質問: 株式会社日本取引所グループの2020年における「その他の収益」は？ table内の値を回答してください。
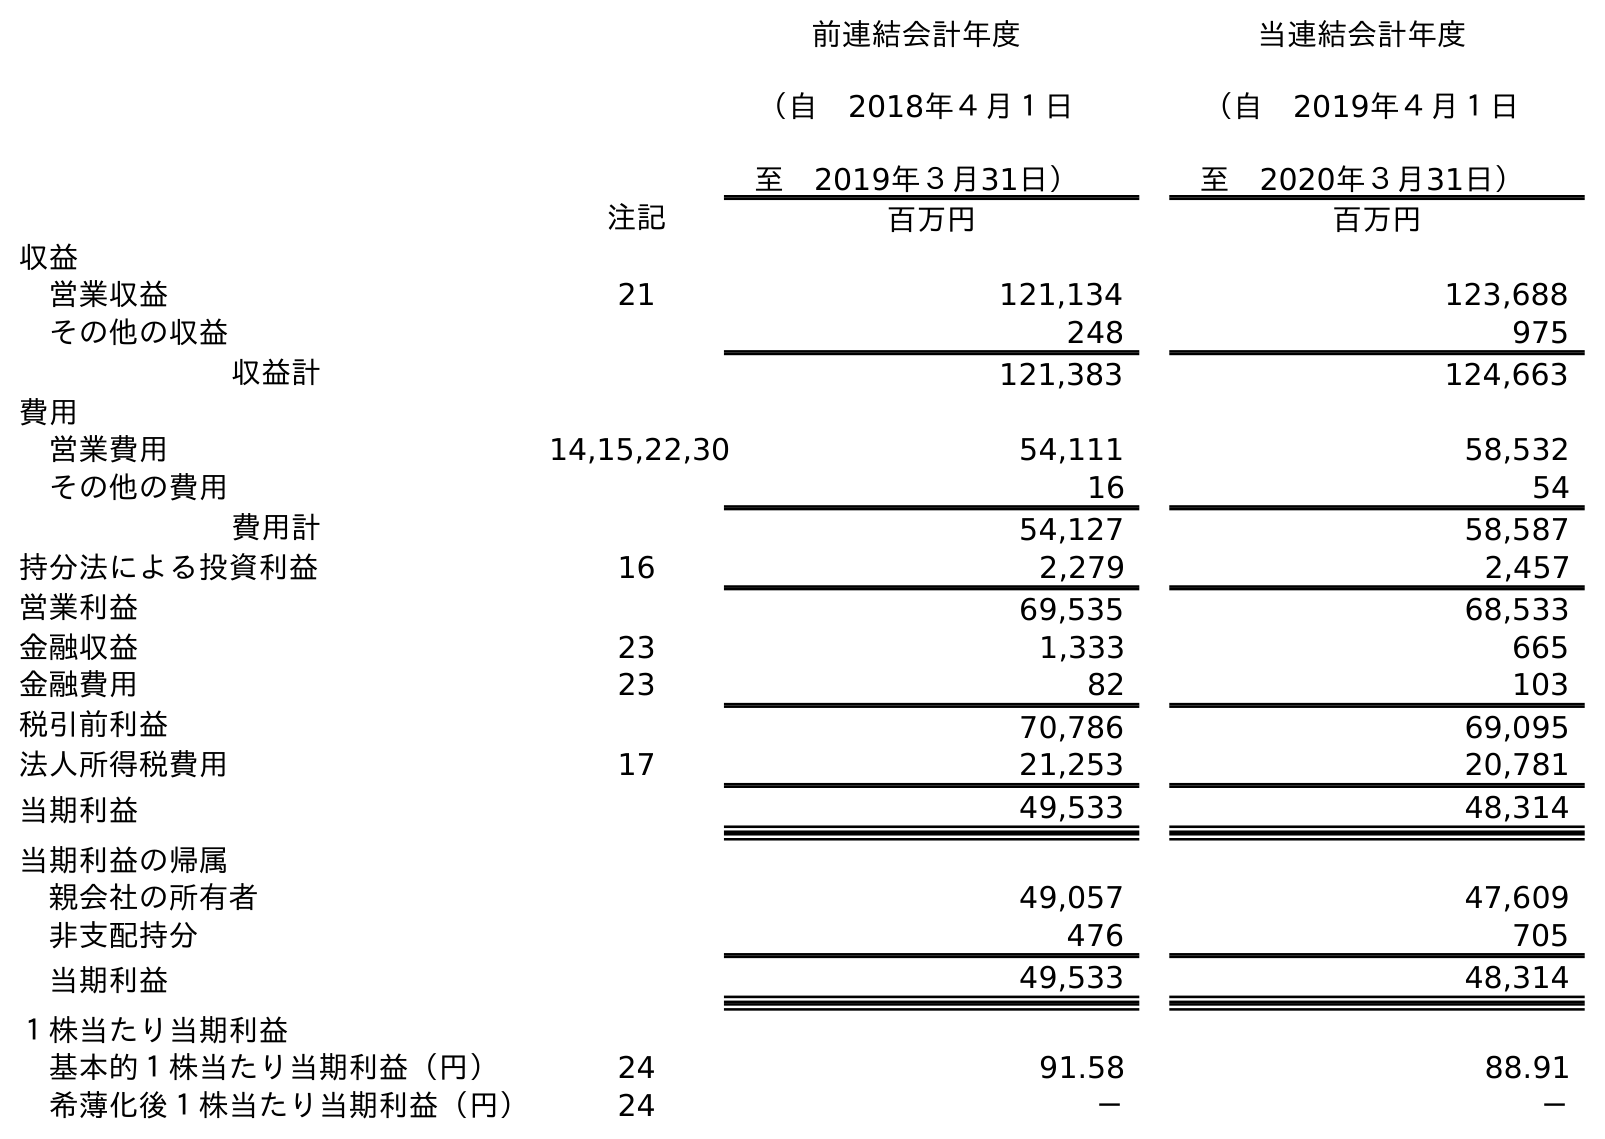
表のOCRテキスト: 前連結会計年度 （自 2018年４月１日 至 2019年３月31日） 当連結会計年度 （自 2019年４月１日 至 2020年３月31日） 注記 百万円 百万円 収益 営業収益 21 121,134 123,688 その他の収益 248 975 収益計 121,383 124,663 費用 営業費用 14,15,22,30 54,111 58,532 その他の費用 16 54 費用計 54,127 58,587 持分法による投資利益 16 2,279 2,457 営業利益 69,535 68,533 金融収益 23 1,333 665 金融費用 23 82 103 税引前利益 70,786 69,095 法人所得税費用 17 21,253 20,781 当期利益 49,533 48,314 当期利益の帰属 親会社の所有者 49,057 47,609 非支配持分 476 705 当期利益 49,533 48,314 １株当たり当期利益 基本的１株当たり当期利益（円） 24 91.58 88.91 希薄化後１株当たり当期利益（円） 24 － －
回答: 975